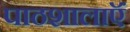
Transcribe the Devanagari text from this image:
पाठशालाऍं